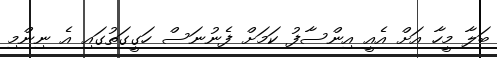
ބަލާ މީހާ އަށް އެއީ އިންސާފު ކަމަށް ފެނުނަސް ހަގީގަތުގައި އެ ނިންމި